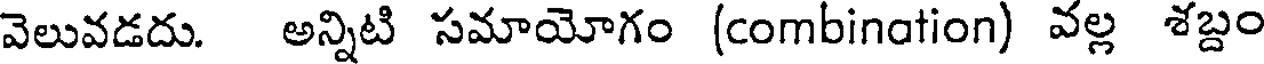
వెలువడదు. అన్నిటి సమాయోగం (combination) వల్ల శబ్దం